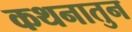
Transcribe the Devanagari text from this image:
कथनातुन